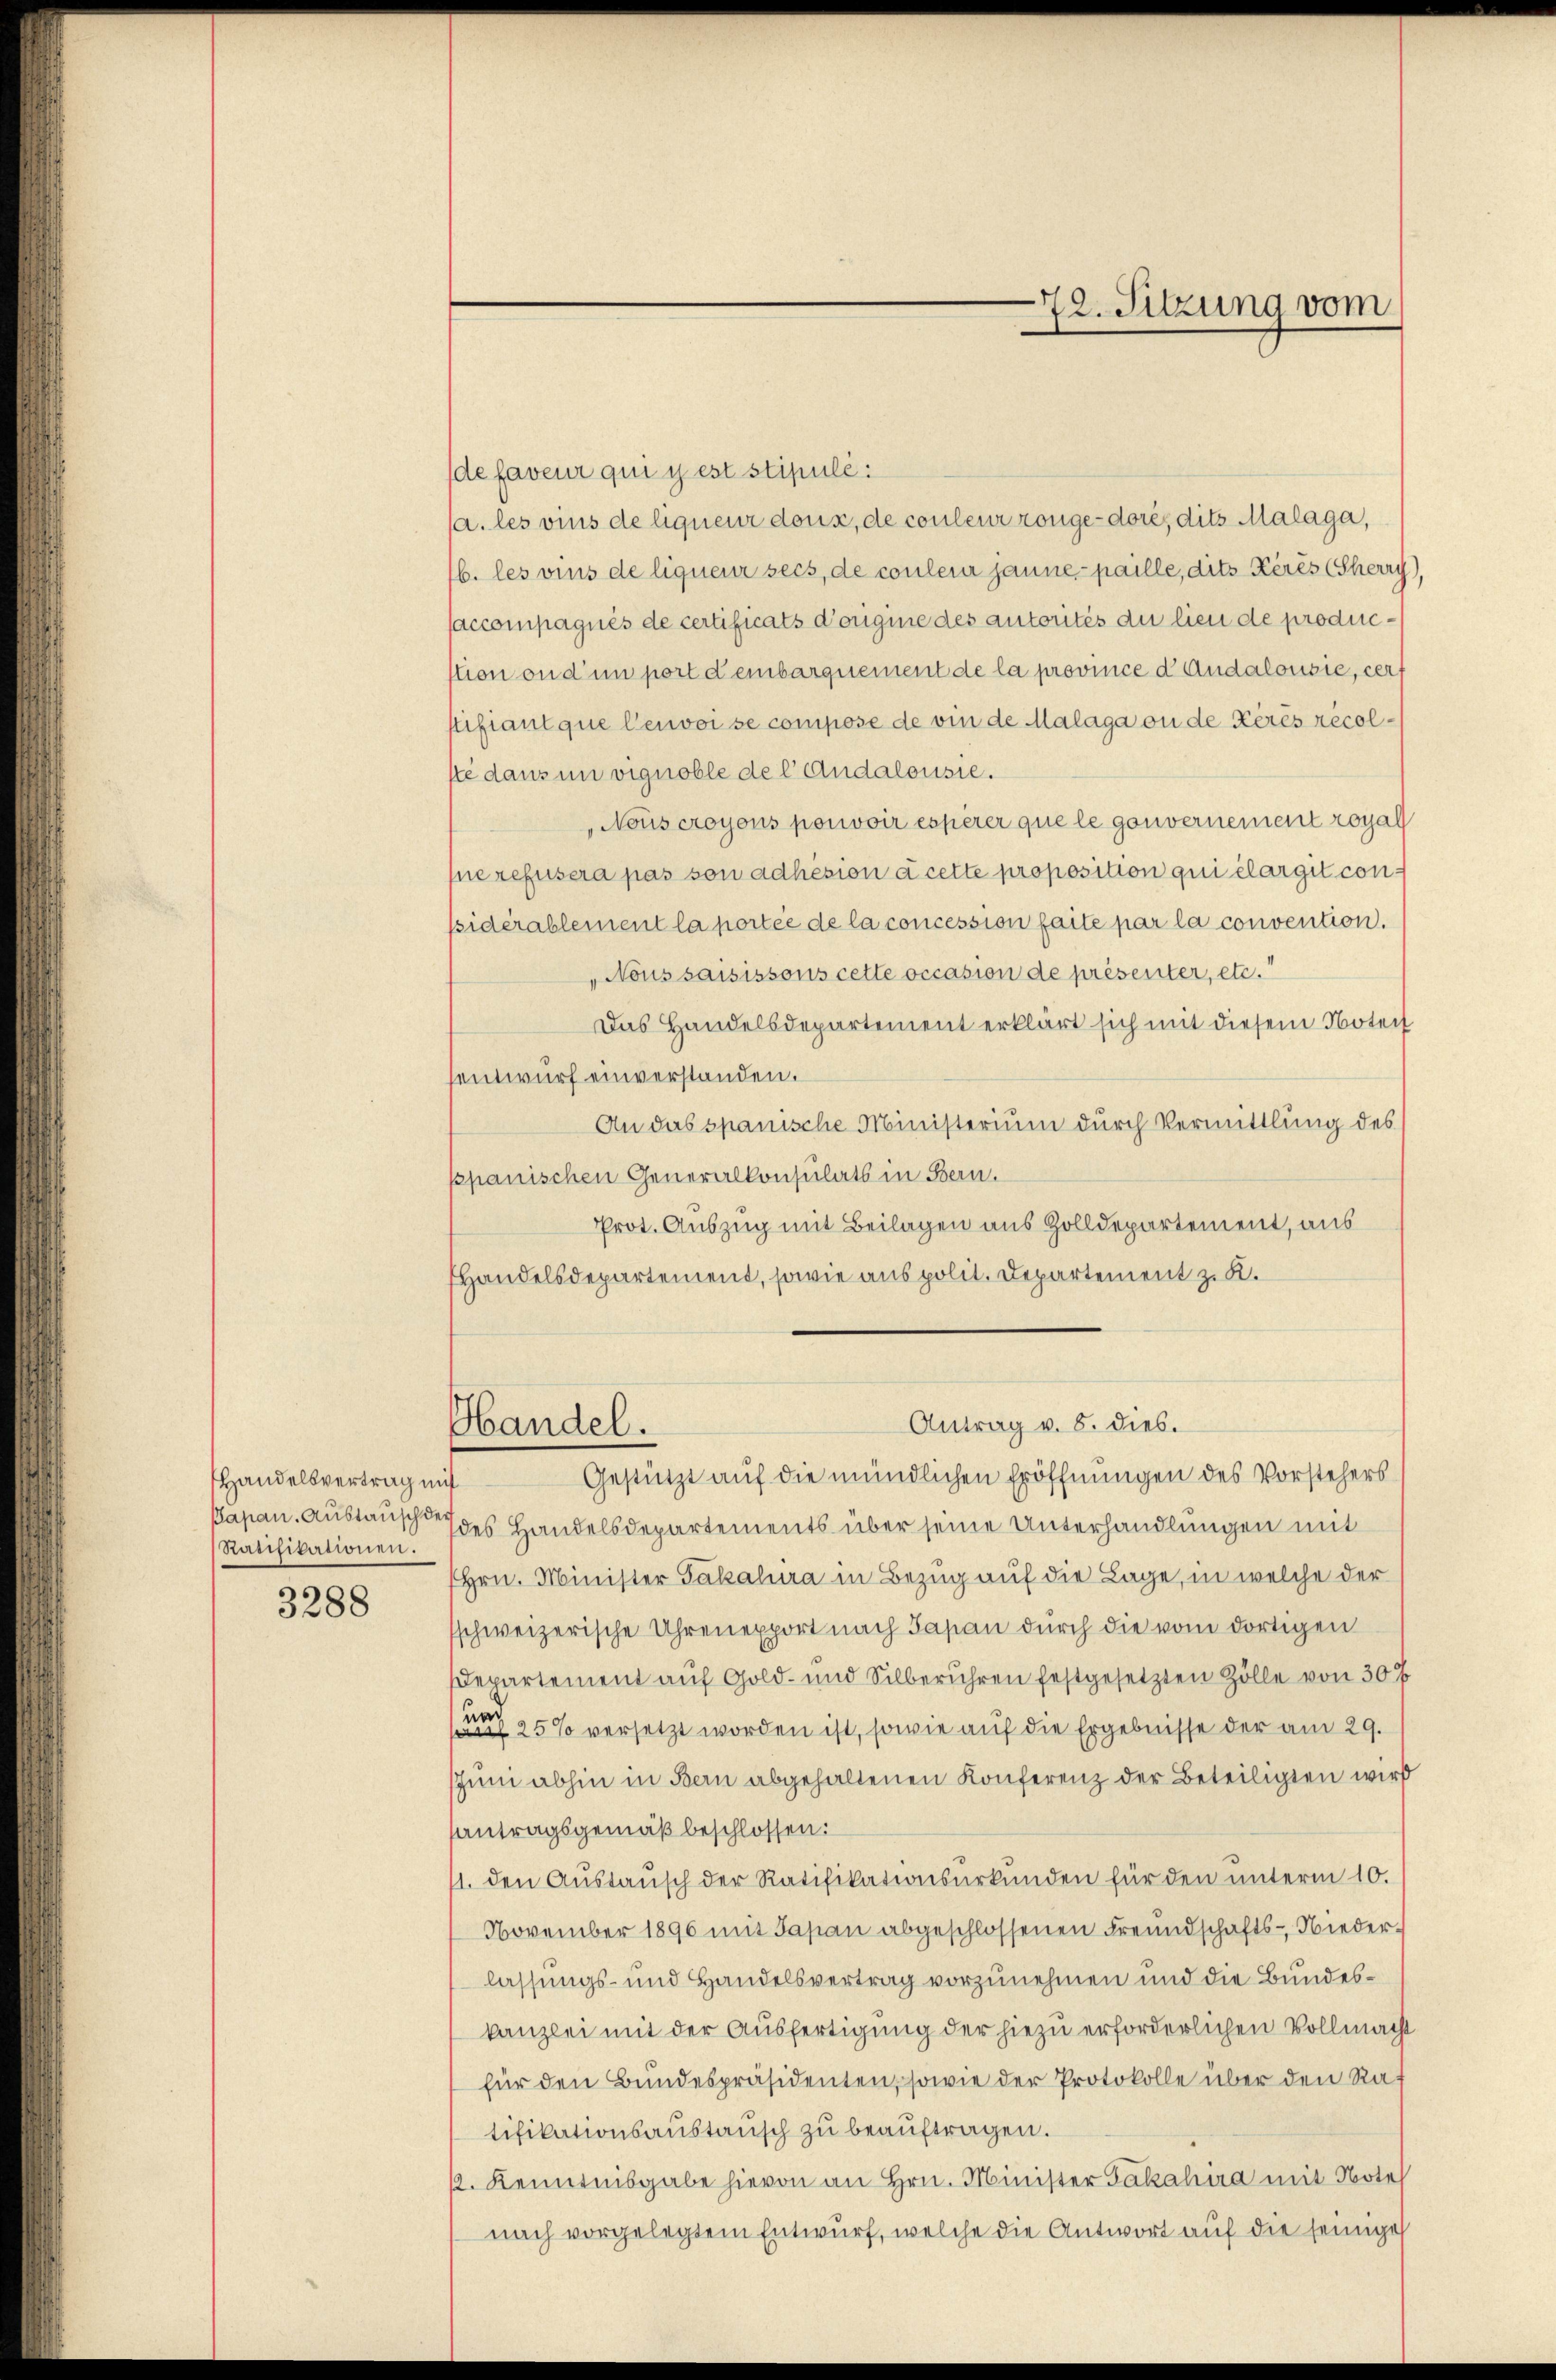
Handelsvertrag mit
Papan. Austausch de
Ratifikationen.

3288

de faveur qui y est stipulé:
(a. les vins de liquenz doux, de couleur zonge-dore, dits Malaga,
16. les vins de liquenz seis, de couleur janne paille, dits Kérés (Sherry),
saccompagnés de certificats d’ouignie des autorités du lieu de production ou d’un port dembarquement de la province d Andalousie, cer
stifiant que Cenoi se compose de vin de Malaga ou de Kérés récolste dans in vignoble del Andalousie.
Nous croyons pouvoir esperer que le gouvernement royal
fne refusera pas son adhésion à cette proposition qui élargit considérablement la portée de la concession faite par la convention.
„Nous saisissous cette occasion de présenter, etc.
Das Handelsdepartement erklärt sich mit diesem Noteil
sentwurf einverstanden.
An das spanische Ministerium durch Vermittlung des
ppanischen Generalkonsulats in Bern.
Prot. Auszug mit Beilagen aus Zolldepartement, aus
Handelsdepartement, sowie aus polit. Departement z. K.

Handel.

Antrag v. 8. dies.

72. Sitzung vom

Gestützt auf die mündlichen Eröffnungen des Vorstehers
des Handelsdepartements über seine Unterhandlungen mit
Hrn. Minister Pakalura in Bezug auf die Lage, in welche der
schweizerische Uhrenexport nach Japan durch die vom dortigen
Departement auf Gold- und Silberühren festgesetzten Zölle von 30 x
 25% versetzt worden ist, sowie auf die Ergebnisse der am 29.
Juni abhin in Bern abgehaltenen Konferenz der Beteiligten wird
antragsgemäß beschlossen:
11. den Aŭstaŭsch der Ratifikationsŭrkŭnden für den unterm 10.
November 1890 mit Japan abgeschlossenen Freundschafts-Niederlassungs- und Handelsvertrag vorzunehmen und die Bundeskanzlei mit der Ausfertigung der hiezu erforderlichen Vollmacht
für den Bundespräsidenten, sowie der Protokolle über den Raf
tifikationsaustausch zu beauftragen.
. Kenntnisgabe hievon an Hrn. Minister Jakahira mit Note
nach vorgelegtem Entwurf, welche die Antwort auf die seinige